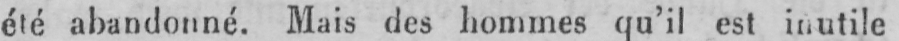
été abandonné. Mais des hommes qu’il est inutile